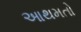
આથમતો